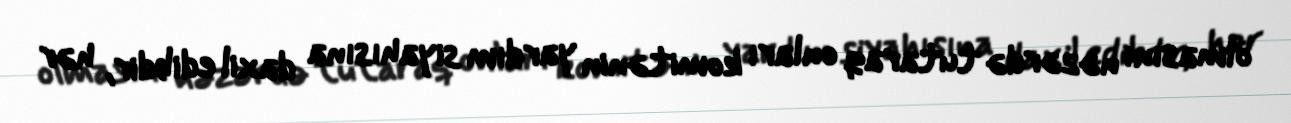
olmasını nəzərdə tutaraq onları komitənin yardım siyahısına daxil edibdir, hər